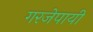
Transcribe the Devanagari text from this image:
गरजेपायी